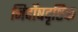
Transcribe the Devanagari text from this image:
निर्दोषदृष्टिक